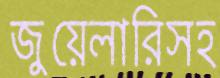
জুয়েলারিসহ